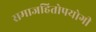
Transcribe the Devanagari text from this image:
समाजहितोपयोगी